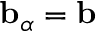
\mathbf { b } _ { \alpha } = \mathbf { b }